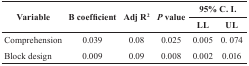
| <ROWSPAN=2> Variable | <ROWSPAN=2> B coefficient | <ROWSPAN=2> Adj R2 | <ROWSPAN=2> P value | <COLSPAN=2> 95% C. I. |
 | LL | UL |
 | --- | --- | --- | --- | --- | --- |
 | Comprehension | 0.039 | 0.08 | 0.025 | 0.005 | 0.074 |
 | Block design | 0.009 | 0.09 | 0.008 | 0.002 | 0.016 |